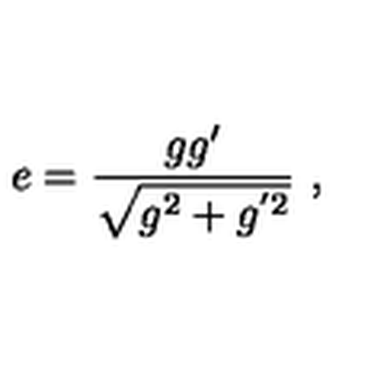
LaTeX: e = \frac { g g ^ { \prime } } { \sqrt { g ^ { 2 } + g ^ { ' 2 } } } \ ,